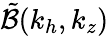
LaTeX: \tilde{\mathcal{B}}(k_{h},k_{z})